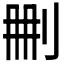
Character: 𠛹